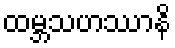
ထမ္ဘသဟဿာနိ